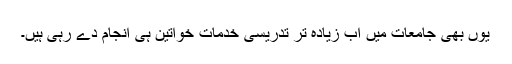
یوں بھی جامعات میں اب زیادہ تر تدریسی خدمات خواتین ہی انجام دے رہی ہیں۔